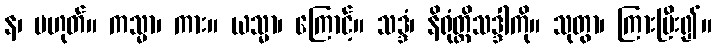
န၊ မဟုတ်။ ကသ္မာ၊ ကား။ ယသ္မာ၊ ကြောင့်။ သဒ္ဒံ၊ နိရုံတ္တိသဒ္ဒါကို။ သုတွာ၊ ကြားပြီး၍။